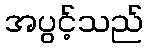
အပွင့်သည်